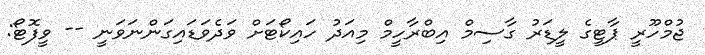
ޖުމްހޫރީ ޕާޓީގެ ލީޑަރު ގާސިމް އިބްރާހީމް މިއަދު ހައިކޯޓަށް ވަދެވަޑައިގަންނަވަނީ -- ވީފޮޓޯ: